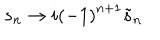
LaTeX: s _ { n } \rightarrow i \left( - 1 \right) ^ { n + 1 } \tilde { s } _ { n }